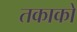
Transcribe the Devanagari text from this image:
तकाको